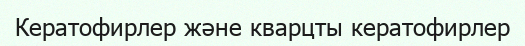
Кератофирлер және кварцты кератофирлер